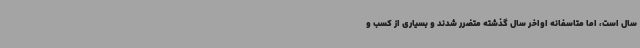
سال است، اما متاسفانه اواخر سال گذشته متضرر شدند و بسیاری از کسب و